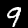
Label: 9